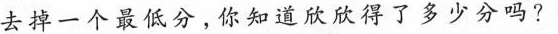
去掉一个最低分，你知道欣欣得了多少分吗?